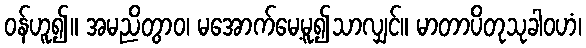
ဝန်ဟူ၍။ အမညိတွာဝ၊ မအောက်မေ့မူ၍သာလျှင်။ မာတာပိတုသုခါဝဟံ၊